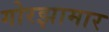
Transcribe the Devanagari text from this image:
गोरझामार